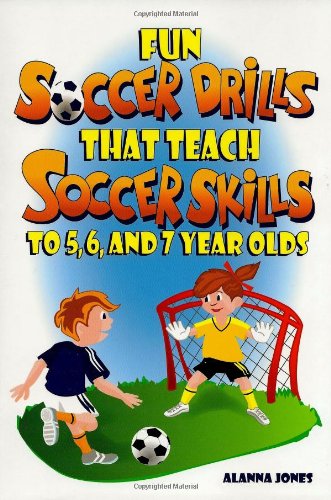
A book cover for Fun Soccer Drills that Teach Soccer Skills to 5, 6, and 7 year olds; Alanna Jones; Sports & Outdoors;